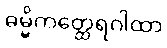
ဓမ္မိကတ္ထေရဂါထာ